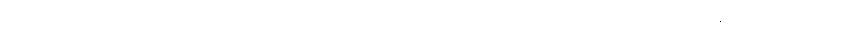
အများဆုံးရတုဆရာသည် နဝဒေးကြီးဖြစ်၍ အကောင်း ဆုံး ရတုဆရာသည် နတ်သျှင်နောင် ဖြစ်သည်ဟု